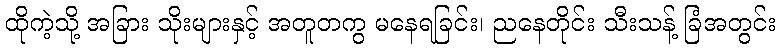
ထိုကဲ့သို့ အခြား သိုးများနှင့် အတူတကွ မနေရခြင်း၊ ညနေတိုင်း သီးသန့် ခြံအတွင်း